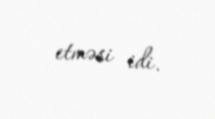
etməsi idi.